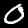
Label: 0